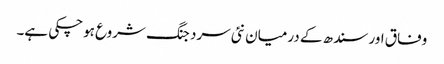
وفاق اور سندھ کے درمیان نئی سرد جنگ شروع ہوچکی ہے۔